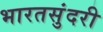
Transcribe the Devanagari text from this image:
भारतसुंदरी